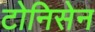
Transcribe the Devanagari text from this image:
टोनिसेन